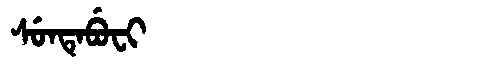
Manchu: ᠰᡠᠨᡨᡝᠪᡠᠸᡳ
Romanization: SUNTEBUFI